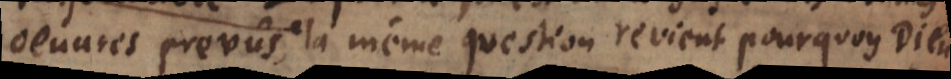
mais la même question revient pourquoy Dieu